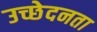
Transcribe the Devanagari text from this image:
उच्छेदनता